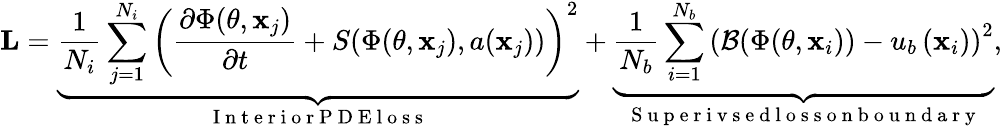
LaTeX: \mathbf{L}=\underbrace{\frac{1}{N_{i}}\sum_{j=1}^{N_{i}}\left(\frac{\partial\Phi(\theta,\mathbf{x}_{j})}{\partial t}+S(\Phi(\theta,\mathbf{x}_{j}),a(\mathbf{x}_{j}))\right)^{2}}_{\mathrm{~I~n~t~e~r~i~o~r~P~D~E~l~o~s~s~}}+\underbrace{\frac{1}{N_{b}}\sum_{i=1}^{N_{b}}\left(\mathcal{B}(\Phi(\theta,\mathbf{x}_{i}))-u_{b}\left(\mathbf{x}_{i}\right)\right)^{2}}_{\mathrm{~S~u~p~e~r~i~v~s~e~d~l~o~s~s~o~n~b~o~u~n~d~a~r~y~}},